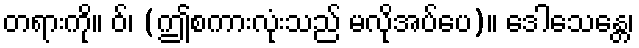
တရားကို။ ဝ်၊ (ဤစကားလုံးသည် မလိုအပ်ပေ)။ ဒေါသေန္တေ၊